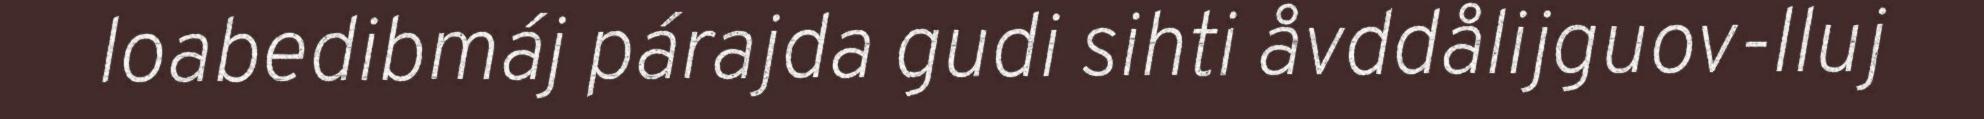
loabedibmáj párajda gudi sihti åvddålijguov-lluj